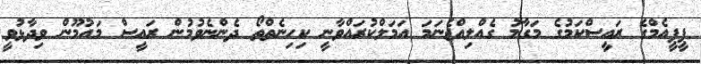
ޕީޕީއެމްގެ ރައީސްކަމުގެ މަގާމު ގެއްލިއްޖެނަމަ އަމަލްކުރައްވާނީ ކިިހިނެތްތޯ ދެންނެވުމުން ރައީސް މައުމޫން ވިދާޅުވީ